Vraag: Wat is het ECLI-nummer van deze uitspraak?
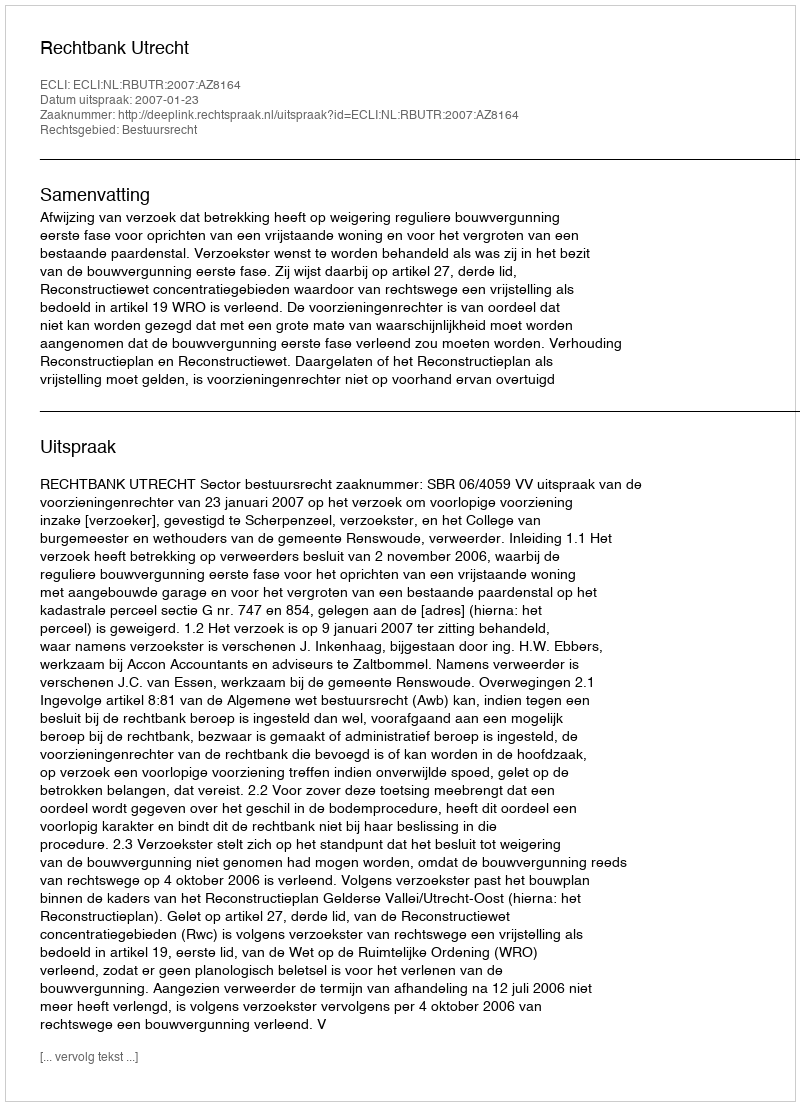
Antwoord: ECLI:NL:RBUTR:2007:AZ8164